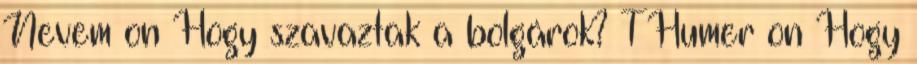
Nevem on Hogy szavaztak a bolgárok? THumer on Hogy